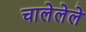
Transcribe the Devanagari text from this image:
चालेलेले